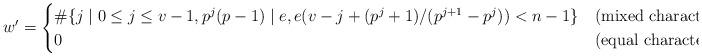
LaTeX: \begin{align*} w' = \begin{cases} \# \{ j \mid 0\leq j \leq v-1, p^j(p-1) \mid e, e (v-j + (p^j+1) / (p^{j+1}-p^j)) < n-1 \} & \textrm{(mixed characteristic)} \\ 0 & \textrm{(equal characteristic)}.\end{cases} \end{align*}